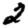
Digit: 2